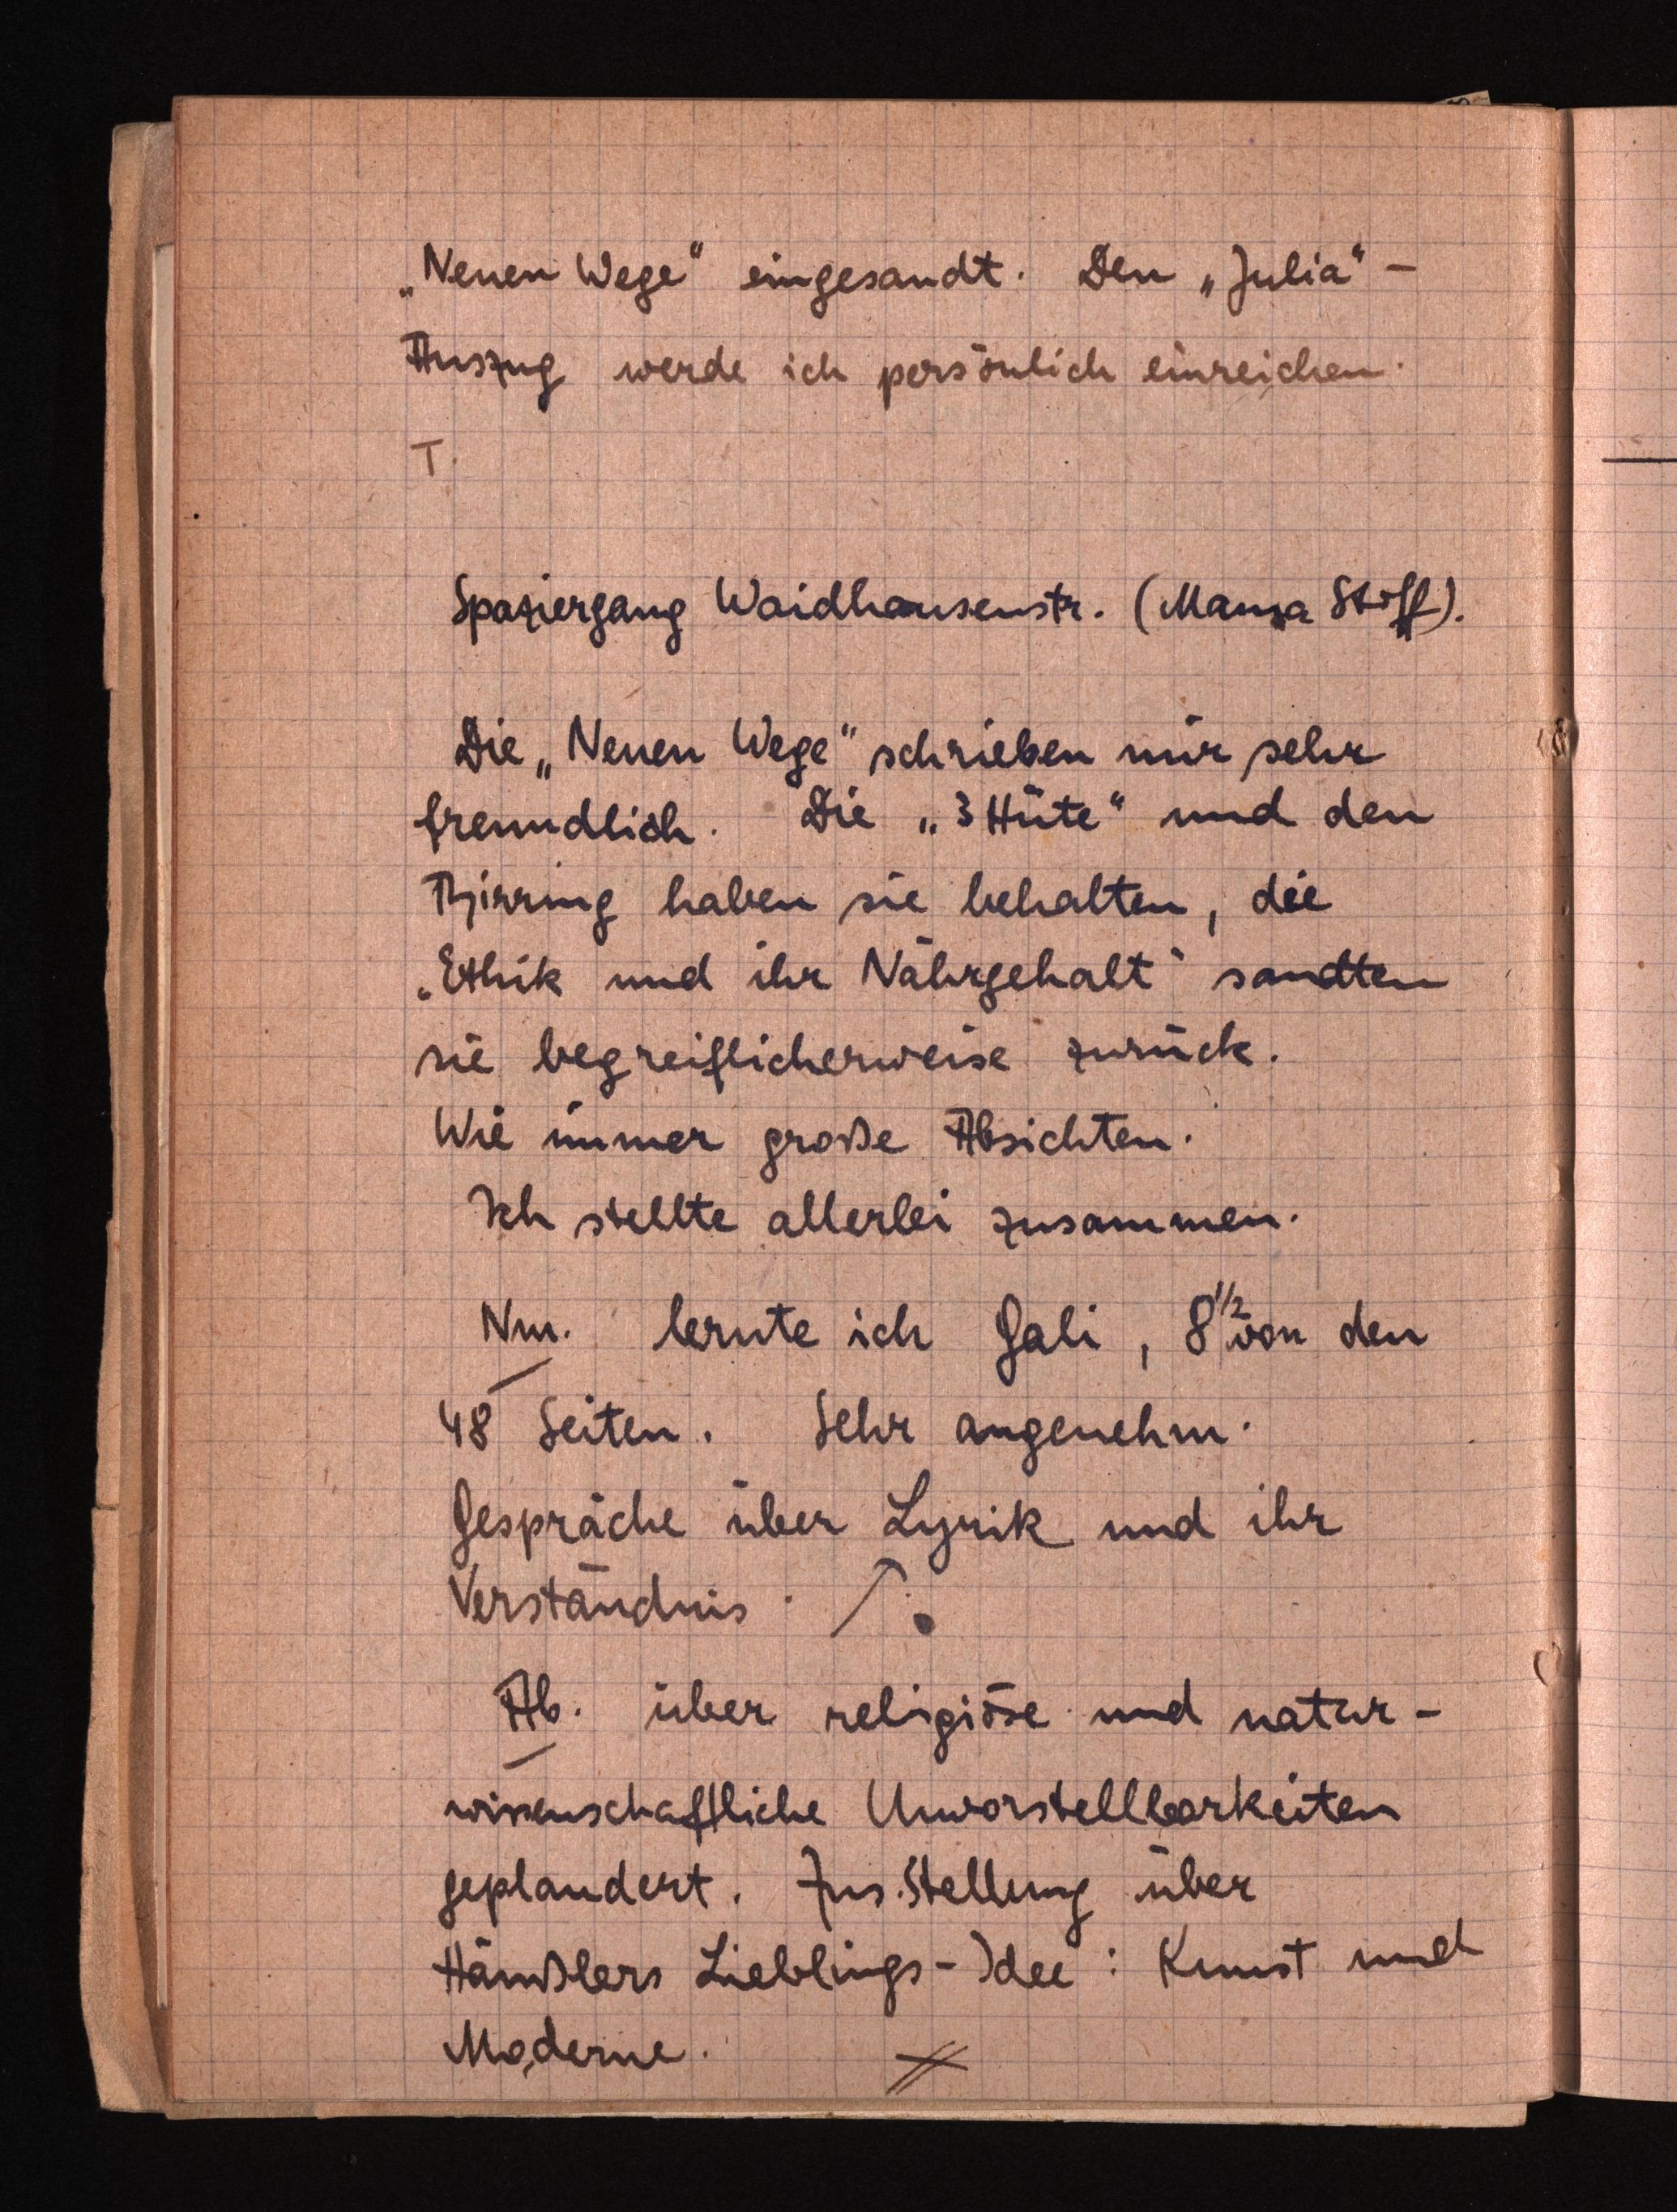
"Neuen Wege eingesandt. Den "Julia"¬
Auszug werde ich personlich einreichen.
7
Spaziergang Waidhausenstr. (Mansa Stoff).
Die "Neuen Wege" schrieben mir sehr
freundlich. Die "3 Hüte" und den
Thinrung haben sie behalten, die
"Ethik und ihr Nahrgehalt" sandten
nie begreiflicherweise zurück.
Wie immer große Absichten.
Ich stellte allerlei zusammen.
Nu. lernte ich Gali, 8 von den
48 Seiten. Sehr angenehm.
Gespräche über Lynik und ihr
Verstandnis: So
Ab. über religiöse und natur¬
wissenschaftliche Unvorstellborkeiten
gepläudert. Zus. Stellung über
Häußlers Lieblings-Idee. Kunst und
Moderne.